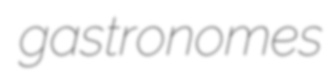
gastronomes